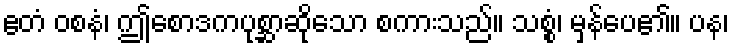
ဧတံ ဝစနံ၊ ဤစောဒကပုစ္ဆာဆိုသော စကားသည်။ သစ္စံ၊ မှန်ပေ၏။ ပန၊